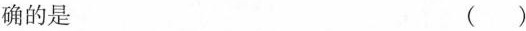
确的是 ()